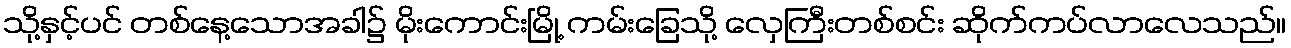
သို့နှင့်ပင် တစ်နေ့သောအခါ၌ မိုးကောင်းမြို့ ကမ်းခြေသို့ လှေကြီးတစ်စင်း ဆိုက်ကပ်လာလေသည်။